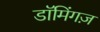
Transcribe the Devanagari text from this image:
डॉमिंगज़